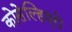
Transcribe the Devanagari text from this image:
कोसेल्हिएरो